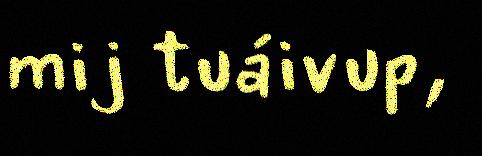
mij tuáivup,